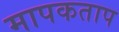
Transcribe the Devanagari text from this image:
मापकताप